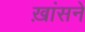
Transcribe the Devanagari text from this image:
ख़ांसने